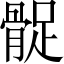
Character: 𩩔